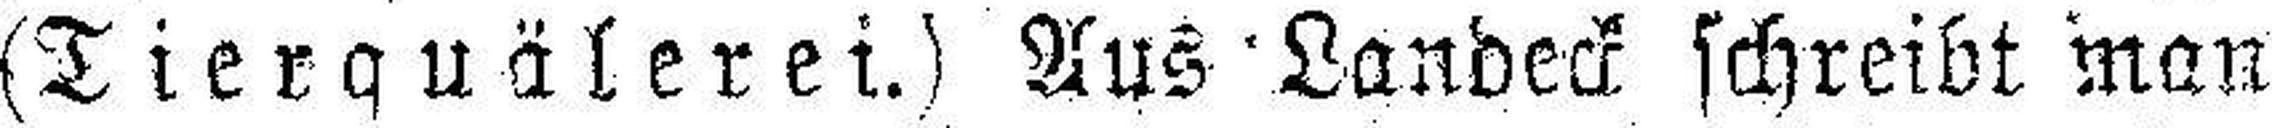
(Tierquälerei.) Aus Landeck schreibt man